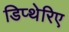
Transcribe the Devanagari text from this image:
डिप्थेरिए